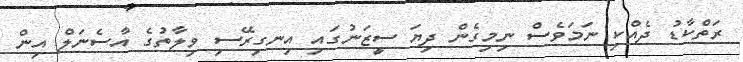
ރަތްކާޑު ދެއްކި ނަމަވެސް ނިމިގެން ދިޔަ ސީޒަނުގައި އިނގިރޭސި ވިލާތުގެ އާސެނަލް އިން